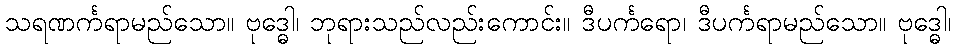
သရဏင်္ကရာမည်သော။ ဗုဒ္ဓေါ၊ ဘုရားသည်လည်းကောင်း။ ဒီပင်္ကရော၊ ဒီပင်္ကရာမည်သော။ ဗုဒ္ဓေါ၊